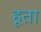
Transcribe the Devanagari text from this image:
हूता